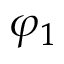
\varphi _ { 1 }